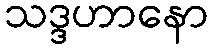
သဒ္ဒဟာနော